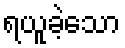
ရယူခဲ့သော